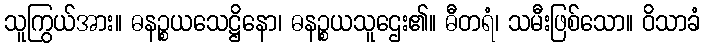
သူကြွယ်အား။ ဓနဉ္စယသေဋ္ဌိနော၊ ဓနဉ္စယသူဌေး၏။ ဓီတရံ၊ သမီးဖြစ်သော။ ဝိသာခံ